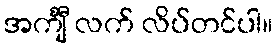
အင်္ကျီ လက် လိပ်တင်ပါ။